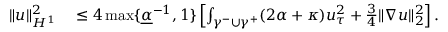
\begin{array} { r l } { \| u \| _ { H ^ { 1 } } ^ { 2 } } & { { } \leq 4 \operatorname* { m a x } \lbrace \underline { { \alpha } } ^ { - 1 } , 1 \rbrace \left[ \int _ { \gamma ^ { - } \cup \gamma ^ { + } } ( 2 \alpha + \kappa ) u _ { \tau } ^ { 2 } + \frac { 3 } { 4 } \| \nabla u \| _ { 2 } ^ { 2 } \right] . } \end{array}